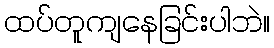
ထပ်တူကျနေခြင်းပါဘဲ။